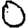
Digit: 0